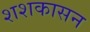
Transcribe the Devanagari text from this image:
शशकासन